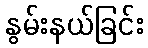
နွမ်းနယ်ခြင်း